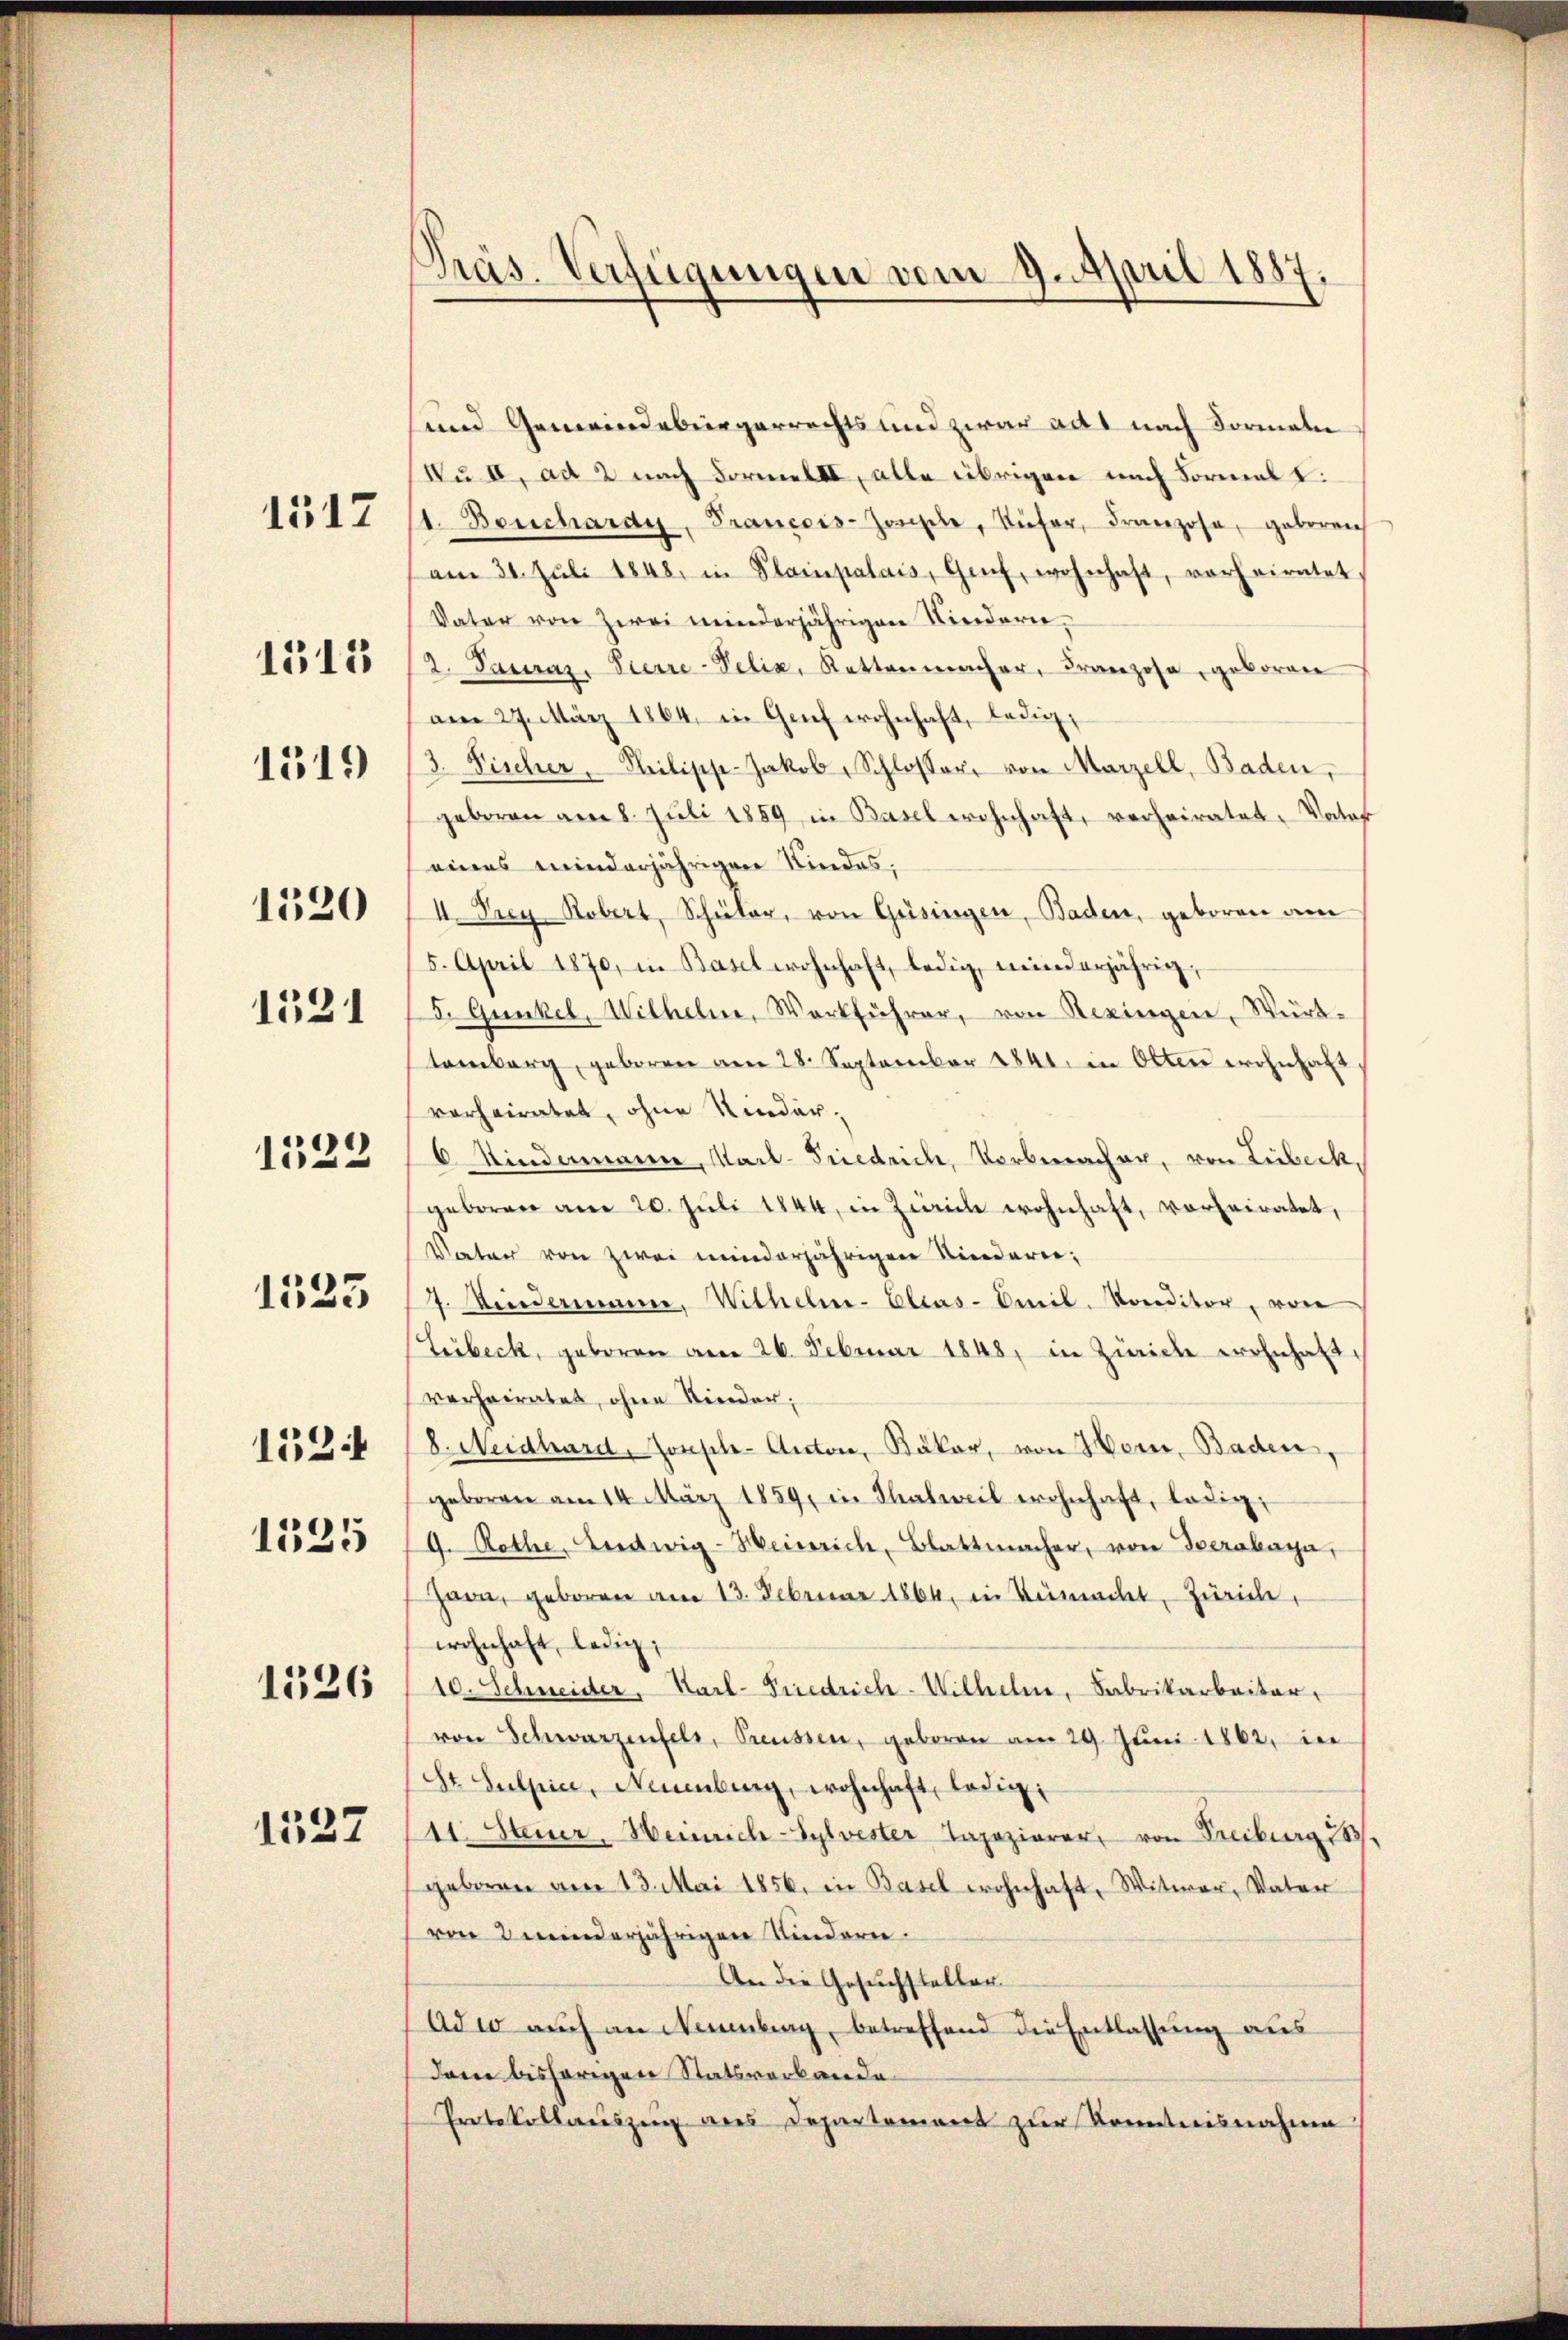
1517

1515

1519

1520
1521
1522

1533

1525

1524

1526

1537

Präs. Verfügungen vom 9. April 1887.

und Gemeindebürgerrechts und zwar ad nach Formeln
Nu IV, ad 2 nach FormelII, alle übrigen nach Formelt.
1. Beuchardy, Francois-Joseph, Küfer, Franzose, gebereich
am 31. Juli 1848, in Plainpalais, Gach, wohnhaft, vorheiratet,
Vater von zwei minderjährigen Niedern,
2. Pauraz, Pierre-Pelia, Kettenmacher, Franzose, geboren
am 27. März 1864, in Genf wohnhaft, ledig,
3. Fischer, Heilisch-Jakob Schlosser von Marzell, Baden,
geboren am 8. Juli 1859 in Basel wohnhaft, verheiratet, Vater
(eines minderjährigen Kindes,
I. Frey Robert, Schüler, von Gesingen, Baden, geboren am
5. April 1870, in Basel wohnhaft, ledig, minderjährig,
S. Gunkel, Wilhelm, Werkführer, von Rezingen, Württemberg, geboren am 28. September 1841. in Olten wohnhaft
verheiratet, ohne Kinder
6 Kindemann, Karl-Friedrich, Vorberacher, von Lübeck,
geboren am 20. Jŭli 1844, in Zürich wohnhaft, vorheiratet,
Vater von zwei minderjährigen Niederei:
7. Mindermann, Wilhelm- Eleus-Omil. Voreditor, von
Leibeck, geboren am 26. Februar 1848, in Zürich wohnhaft,
verheiratet, ohne Kinder;
8. Neidhard, Joseph-Anton, Bäker, von Horn, Baden,
geboren am 14. März 1859, in Thalweil wohnhaft, ledig
9. Rothe, Ludwig-Heinrich, Blattmacher, von verabaya,
Zarn, geboren am 13. Februar 1864, in Vermacht, Zürich,
wohnhaft, ledig
10. Schneider, Karl-Friedrich-Wilhelm, Fabrikarbeiter,
von Schwarzenfels, Preussen, geboren am 29. Juni 1862, in
St Sulpice, Neuenburg, wohnhaft, ledig,
11. Steuer, Weinrich-Sylvester Tapezierer, von Freiburg 13.
geboren am 13. Mai 1856. in Basel wohnhaft, Witwer, Vater
ven minderjährigen Kindern.
An die Gesuchsteller
Adwo auch an Naumbung, betreffend die Entlassung aus
dem bisherigen Statsverbande
Protokollauszug aus Departement zur Kenntnisnahme